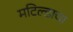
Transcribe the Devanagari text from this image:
मटिल्डाचा